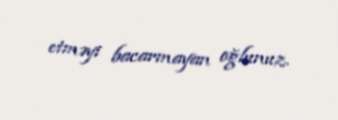
etməyi bacarmayan oğlunuz.